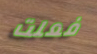
فعلت